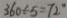
3 6 0 \div 5 = 7 2 ^ { \circ }